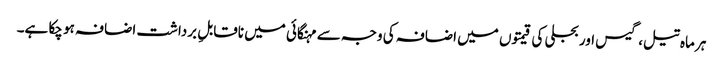
ہر ماہ تیل، گیس اور بجلی کی قیمتوں میں اضافہ کی وجہ سے مہنگائی میں ناقابلِ برداشت اضافہ ہو چکا ہے۔